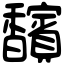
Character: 馪